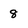
Character: 8